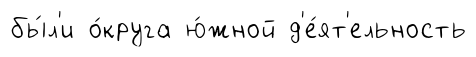
бы́л'и о́круга ю́жной д'е́ят'ельность